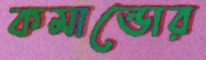
কমান্ডোর